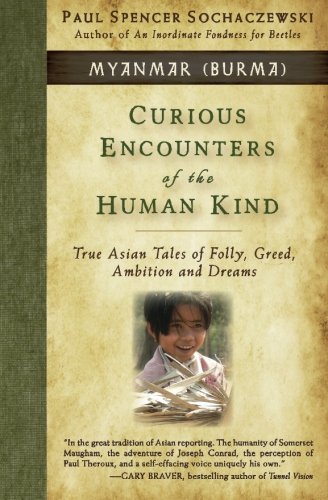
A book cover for Curious Encounters of the Human Kind - Myanmar (Burma): True Asian Tales of Folly, Greed, Ambition and Dreams (Volume 1); Paul Spencer Sochaczewski; Travel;